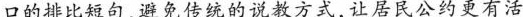
口的排比短句，避免传统的说教方式，让居民公约更有活